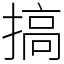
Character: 搞